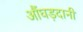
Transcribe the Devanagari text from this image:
औंघड़दानी